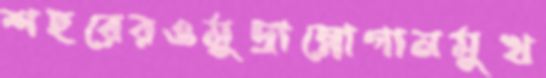
শহরেরওমুদ্রাস্লোগানমুখ